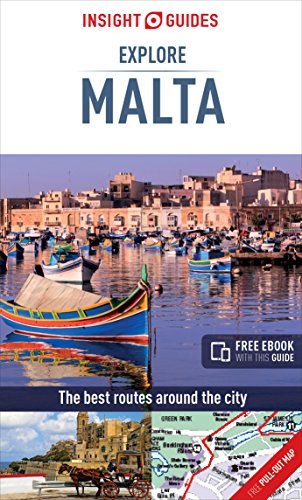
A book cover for Insight Guides: Explore Malta (Insight Explore Guides); Insight Guides; Travel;